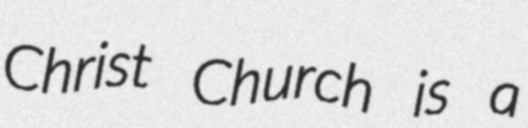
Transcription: Christ Church is a